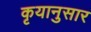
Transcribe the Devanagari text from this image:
कृयानुसार